Civil Veterinary Department. Central Provinces & Berar 1925-31 - 1925-1931
Year: 1925
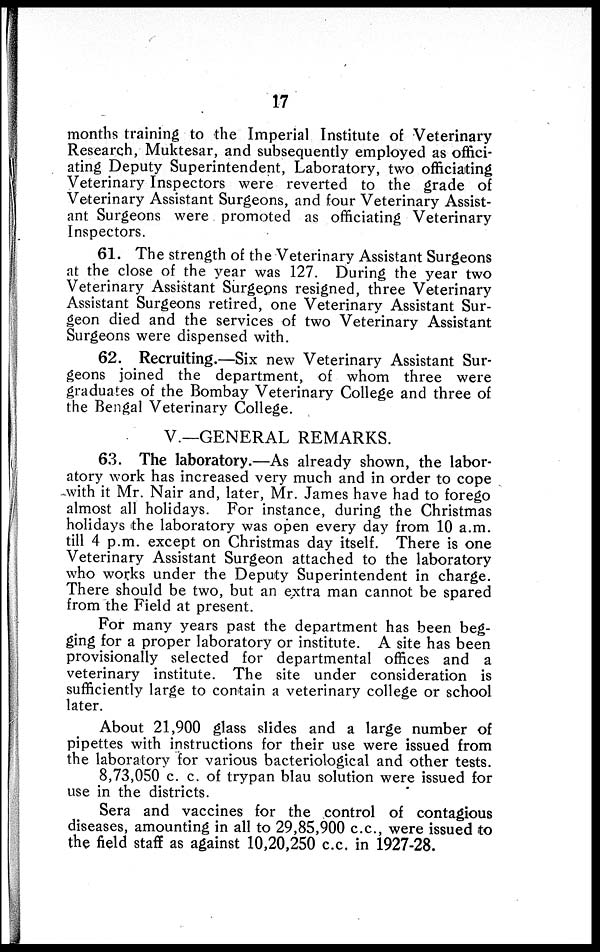
17
months training to the Imperial Institute of Veterinary
Research, Muktesar, and subsequently employed as offici-
ating Deputy Superintendent, Laboratory, two officiating
Veterinary Inspectors were reverted to the grade of
Veterinary Assistant Surgeons, and four Veterinary Assist-
ant Surgeons were promoted as officiating Veterinary
Inspectors.
61. The strength of the Veterinary Assistant Surgeons
at the close of the year was 127. During the year two
Veterinary Assistant Surgeons resigned, three Veterinary
Assistant Surgeons retired, one Veterinary Assistant Sur-
geon died and the services of two Veterinary Assistant
Surgeons were dispensed with.
62. Recruiting.—Six new Veterinary Assistant Sur-
geons joined the department, of whom three were
graduates of the Bombay Veterinary College and three of
the Bengal Veterinary College.
V.—GENERAL REMARKS.
63. The laboratory.—As already shown, the labor-
atory work has increased very much and in order to cope
with it Mr. Nair and, later, Mr. James have had to forego
almost all holidays. For instance, during the Christmas
holidays the laboratory was open every day from 10 a.m.
till 4 p.m. except on Christmas day itself. There is one
Veterinary Assistant Surgeon attached to the laboratory
who works under the Deputy Superintendent in charge.
There should be two, but an extra man cannot be spared
from the Field at present.
For many years past the department has been beg-
ging for a proper laboratory or institute. A site has been
provisionally selected for departmental offices and a
veterinary institute. The site under consideration is
sufficiently large to contain a veterinary college or school
later.
About 21,900 glass slides and a large number of
pipettes with instructions for their use were issued from
the laboratory for various bacteriological and other tests.
8,73,050 c. c. of trypan blau solution were issued for
use in the districts.
Sera and vaccines for the control of contagious
diseases, amounting in all to 29,85,900 c.c, were issued to
the field staff as against 10,20,250 c.c. in 1927-28.